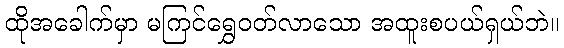
ထိုအခေါက်မှာ မကြင်ရွှေဝတ်လာသော အထူးစပယ်ရှယ်ဘဲ။